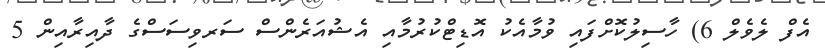
އެފް ލެވެލް 6) ހާސިލުކޮށްފައި ވުމާއެކު އޮޑިޓްކުރުމާއި އެޝުއަރެންސް ސަރވިސަސްގެ ދާއިރާއިން 5